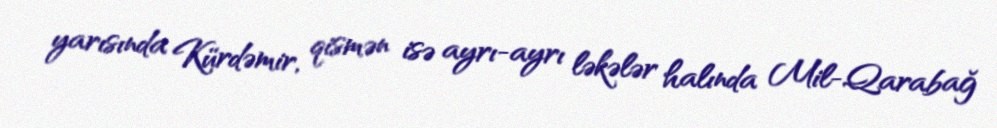
yarısında Kürdəmir, qismən isə ayrı-ayrı ləkələr halında Mil-Qarabağ